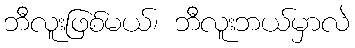
ဘီလူးဖြစ်မယ်၊ ဘီလူးဘယ်မှာလဲ